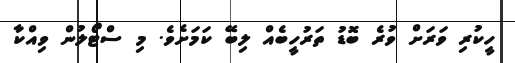
ހީކުރި ވަރަށް ވުރެ ބޮޑު ތަރުހީބެއް ލިބޭ ކަމަށެވެ. މި ސްޓޯލުން ވިއްކާ